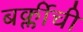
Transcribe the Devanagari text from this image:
बर्क्लीची